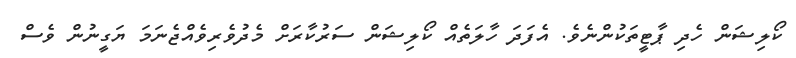
ކޯލިޝަން ހެދި ޕާޓީތަކުންނެވެ. އެފަދަ ހާލަތެއް ކޯލިޝަން ސަރުކާރަށް މެދުވެރިވެއްޖެނަމަ ޔަގީނުން ވެސް